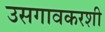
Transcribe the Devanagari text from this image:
उसगावकरशी